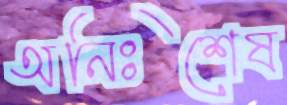
অনিঃশেষ